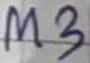
Text: M3